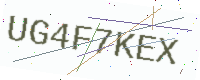
Text: UG4F7KEX